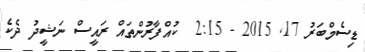
ޑިސެމްބަރު 17